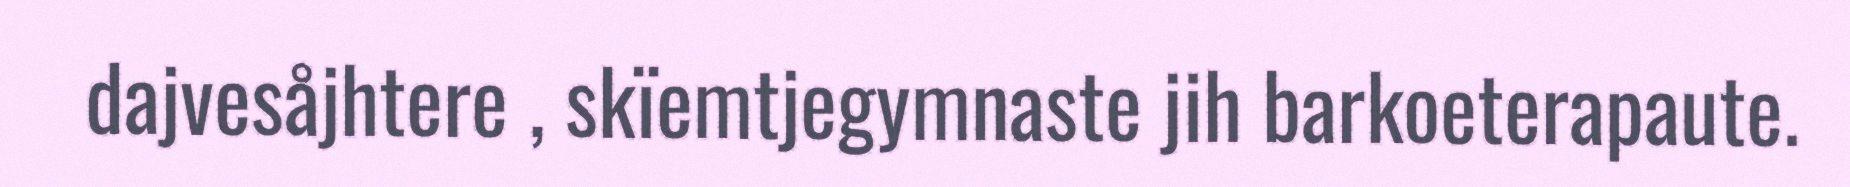
dajvesåjhtere , skïemtjegymnaste jih barkoeterapaute.